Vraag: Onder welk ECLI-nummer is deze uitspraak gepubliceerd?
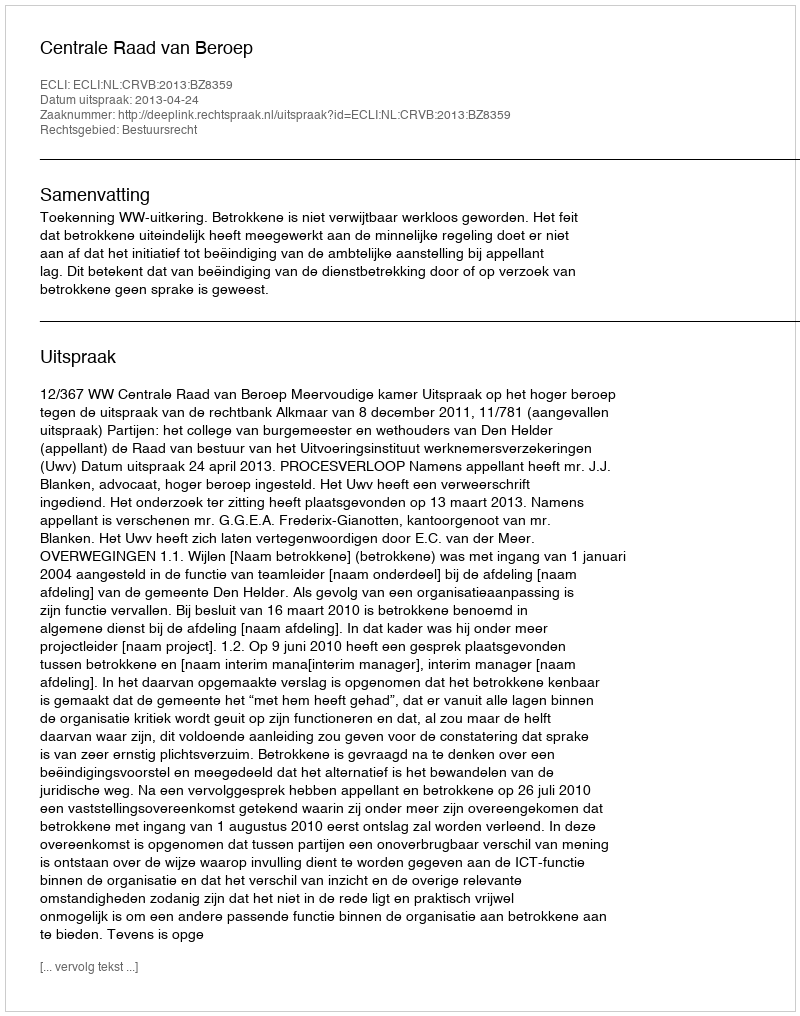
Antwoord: ECLI:NL:CRVB:2013:BZ8359